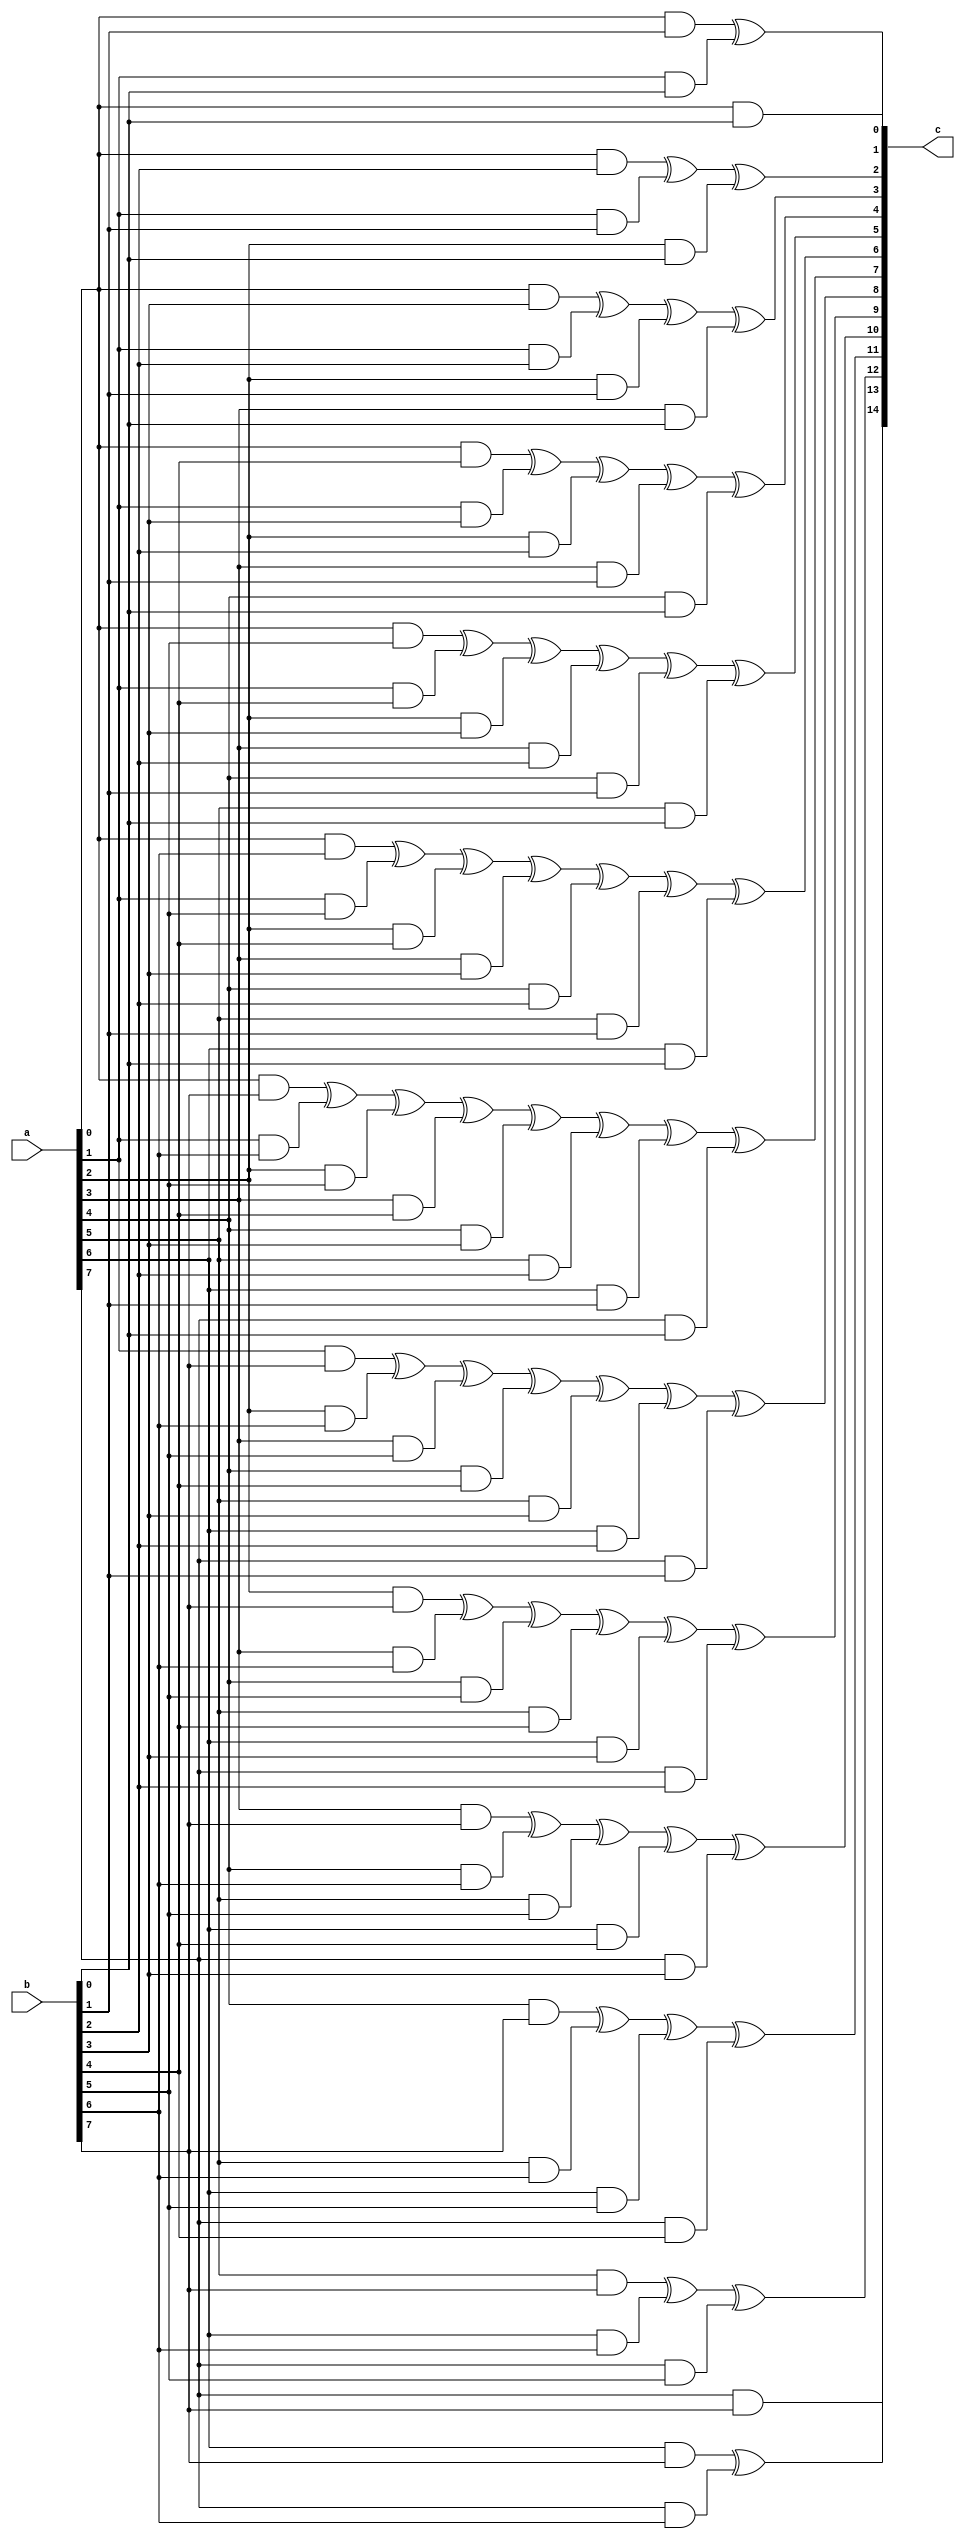
// First Multiplication of the two polynomials(bins)
// Inputs : a,b
// Outputs : c
// parameters : WIDTH
//description : THis design takes two numbers as inputs and thier widhth is determined by WIDTH 
//The result is stored in c widhth of c is 2*WIDTH,use modulous two decrease the power of the result
module galois_multiplication #(parameter WIDTH = 8)  (a,b,c);
input [WIDTH-1:0] a,b;
output [2*(WIDTH-1):0] c;
assign c[0] = a[0] & b[0];
assign c[1] = a[0] & b[1] ^ a[1] & b[0];
assign c[2] = a[0] & b[2] ^ a[1] & b[1] ^ a[2] & b[0];
assign c[3] = a[0] & b[3] ^ a[1] & b[2] ^ a[2] & b[1] ^ a[3] & b[0];
assign c[4] = a[0] & b[4] ^ a[1] & b[3] ^ a[2] & b[2] ^ a[3] & b[1] ^ a[4] & b[0];
assign c[5] = a[0] & b[5] ^ a[1] & b[4] ^ a[2] & b[3] ^ a[3] & b[2] ^ a[4] & b[1] ^ a[5] & b[0];
assign c[6] = a[0] & b[6] ^ a[1] & b[5] ^ a[2] & b[4] ^ a[3] & b[3] ^ a[4] & b[2] ^ a[5] & b[1] ^ a[6] & b[0];
assign c[7] = a[0] & b[7] ^ a[1] & b[6] ^ a[2] & b[5] ^ a[3] & b[4] ^ a[4] & b[3] ^ a[5] & b[2] ^ a[6] & b[1] ^ a[7] & b[0];
assign c[8] = a[1] & b[7] ^ a[2] & b[6] ^ a[3] & b[5] ^ a[4] & b[4] ^ a[5] & b[3] ^ a[6] & b[2] ^ a[7] & b[1];
assign c[9] = a[2] & b[7] ^ a[3] & b[6] ^ a[4] & b[5] ^ a[5] & b[4] ^ a[6] & b[3] ^ a[7] & b[2];
assign c[10] = a[3] & b[7] ^ a[4] & b[6] ^ a[5] & b[5] ^ a[6] & b[4] ^ a[7] & b[3];
assign c[11] = a[4] & b[7] ^ a[5] & b[6] ^ a[6] & b[5] ^ a[7] & b[4];
assign c[12] = a[5] & b[7] ^ a[6] & b[6] ^ a[7] & b[5];
assign c[13] = a[6] & b[7] ^ a[7] & b[6];
assign c[14] = a[7] & b[7];
endmodule

module galois_multiplication_modulous #(parameter WIDTH = 8) (cin,cout);
input  [2*(WIDTH-1):0] cin;
output   [WIDTH-1:0] cout;
// reg divisior=9'b100011011;
reg [4:0]place;
reg [2*(WIDTH-1):0] keep_on;
// wire k;
// assign k=findPlace(cin);

// assign cout=divide(cin,k);
function   findPlace;
input [2*(WIDTH-1):0] keep_on;
reg [4:0]i;
begin
for( i=(2*(WIDTH-1));i > 0;i=i-1)
 begin
    if(((1<<i) & keep_on) == 1)
    begin:found
        findPlace=i;
    end
end
end
endfunction

function  divide;
input [2*(WIDTH-1):0] keep_on,place;
reg [4:0]i;

begin
// while(place >=8)
for(i=0;i<2*(WIDTH-1);i=i+1)
begin:loop_division
    keep_on = (((keep_on >> place- 9 ) ^ 283)<<place-9) | ((keep_on<<9) >> 9);
    // (((value >> (place - 9)) ^ 283) << (place - 9)) | ((value << 9) >> 9);
    place =findPlace(keep_on);
    if(place<8)
    begin
        divide=keep_on;
    end
    //$display(i);
end
end
endfunction

always @(cin)
begin
    place=findPlace(cin);
    keep_on=divide(2,place);
end
assign cout=keep_on;
endmodule



// module galois_inverse #(parameter WIDTH=8)(in,out);
// input [WIDTH-1:0]in;
// output  [WIDTH-1:0]out;
// reg [WIDTH-1:0]tmp1;
// wire [WIDTH-1:0]tmp2;
// //call galois_division_mod with in1=in and in2=0 to 255 and check for 1 in out
// //if 1 is found then that is the inverse of in send it to out
// galois_division_mod galois1(in,tmp1,tmp2);
// assign out=(tmp2 ==1)?tmp1:0;
// always @(in)
// begin:for_loop
//     reg [WIDTH-1:0]i;
//     $display("i %b",i);
//     for(i=1;i<2**(WIDTH-1);i=i+1)
//         begin
//             //$display("i %b",i);
//             tmp1=i;
//             $display("tmp2 %b",tmp2);
//             if(tmp2==1)
//             begin
//                 out=i;
//             end
//         end
//     end
// endmodule

// module galois_inverse_tb;
// reg [7:0]in;
// wire [7:0]out;
// galois_inverse galois1(in,out);
// initial
// begin
//     $monitor(" %b %b",in,out);
//     in=8'b11111111;
//     #10;
// end
// endmodule